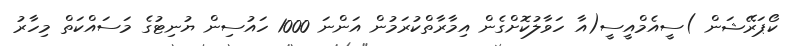
ކޯޕަރޭޝަން )ސީއެމްއީސީ(އާ ހަވާލުކޮށްގެން އިމާރާތްކުރަމުން އަންނަ 1000 ހައުސިން ޔުނިޓުގެ މަސައްކަތް މިހާރު